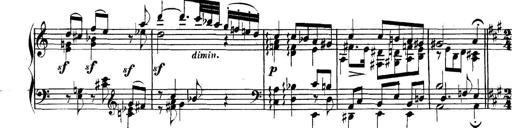
Title: Collected Piano Sonatas
Composer: Muzio Clementi